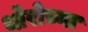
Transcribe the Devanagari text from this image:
थोरोच्या